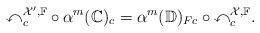
LaTeX: \begin{align*}\mathbb{x}_c^{\mathcal{X}',\mathbb{F}}\circ \alpha^{m}(\mathbb{C})_c=\alpha^m(\mathbb{D})_{Fc}\circ\mathbb{x}^{\mathcal{X},\mathbb{F}}_c.\end{align*}